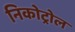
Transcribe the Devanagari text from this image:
निकोट्रोल